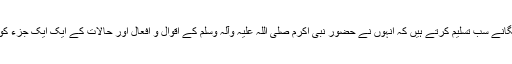
مسلمانوں کے اس کارنامے کو اپنے بیگانے سب تسلیم کرتے ہیں کہ انہوں نے حضور نبی اکرم صلی اللہ علیہ وآلہ وسلم کے اَقوال و اَفعال اور حالات کے ایک ایک جزء کو نہایت اَحسن انداز سے محفوظ کیا ہے۔